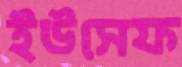
ইউসেফ